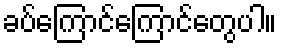
ခပ်ကြောင်ကြောင်တွေပါ။